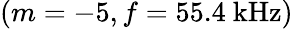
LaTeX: (m=-5,f=55.4\mathrm{~kHz})